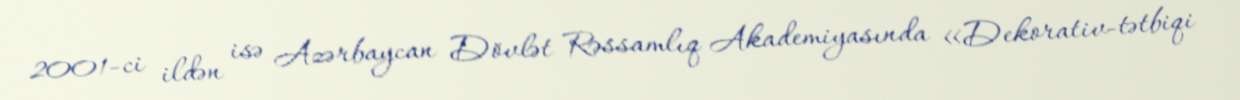
2001-ci ildən isə Azərbaycan Dövlət Rəssamlıq Akademiyasında «Dekorativ-tətbiqi